Vaccination Hyderabad 1872-1889 - 1872-1889
Year: 1872
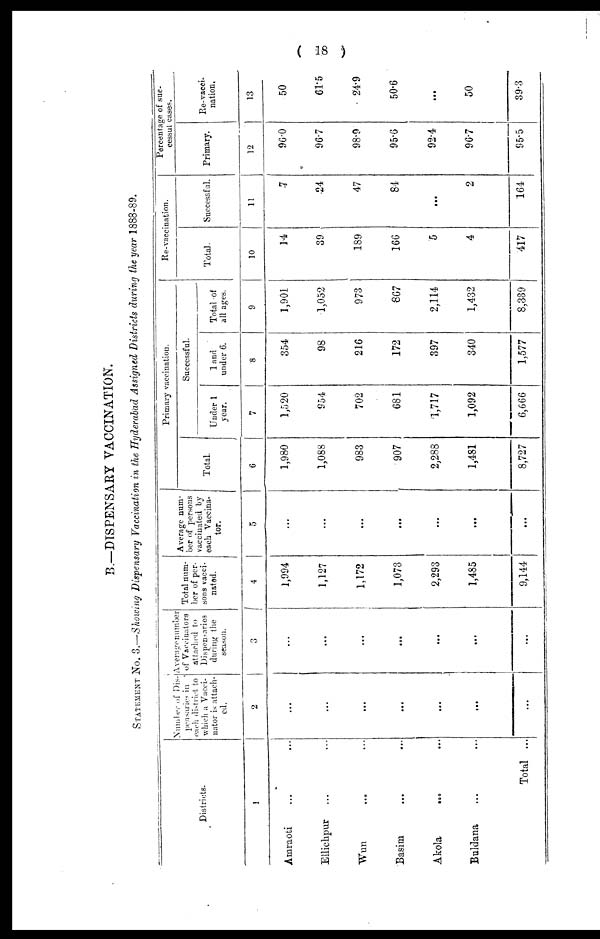
( 18 )
B.—DISPENSARY VACCINATION.
STATEMENT No. 3.—Showing Dispensary Vaccination in the Hyderabad Assigned Districts during the year 1888-89.
Districts.
1
Amraoti ... ...
Ellichpur
Wun ... ...
Basim ... ...
Akola
... ...
Buldana ...
Total ...
Number of Dis-
pensaries in
each district to
which a Vacci¬
nator is attach¬
ed.
2
...
...
...
...
...
...
...
Average number
of Vaccinators
attached to
Dispensaries
during the
season.
3
...
...
...
...
...
...
...
Total num-
ber of per-
sons vacci-
nated.
4
1,994
1,127
1,172
1,073
2,293
1,485
9,144
Average num-
ber of persons
vaccinated by
each Vaccina¬
tor.
5
...
...
...
...
...
...
...
Primary vaccination.
Total.
6
1,980
1,088
983
907
2,288
1,481
8,727
Successful.
Under 1
year.
7
1,520
954
702
681
1,717
1,092
6,666
1 and
under 6.
8
354
98
216
172
397
340
1,577
Total of
all ages.
9
1,901
1,052
973
867
2,114
1,432
8,339
Re-vaccination.
Total.
10
14
39
189
166
5
4
417
Successful.
11
7
24
47
84
...
2
164
Percentage of suc¬
cessul cases.
Primary.
12
96.0
96.7
98.9
95.6
92.4
96.7
95.5
Re-vacci-
nation.
13
50
61.5
24.9
50.6
...
50
39.3